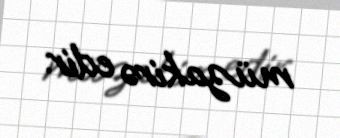
müzakirə edir.